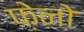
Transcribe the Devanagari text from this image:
फ़ेनो